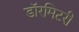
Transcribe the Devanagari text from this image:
डॉरमिटरी